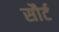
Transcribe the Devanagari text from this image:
सौर्ट